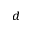
^ d